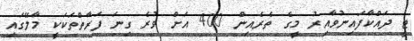
ޓީ ދައްކާފައިނުވާއިރު މީގެ ތެރެއިން 400 އަށް ވުރެ ގިނަ ފަރާތްތަކަކީ މާލޭގައި